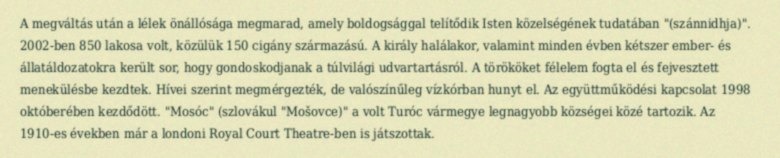
A megváltás után a lélek önállósága megmarad, amely boldogsággal telítődik Isten közelségének tudatában "(szánnidhja)". 2002-ben 850 lakosa volt, közülük 150 cigány származású. A király halálakor, valamint minden évben kétszer ember- és állatáldozatokra került sor, hogy gondoskodjanak a túlvilági udvartartásról. A törököket félelem fogta el és fejvesztett menekülésbe kezdtek. Hívei szerint megmérgezték, de valószínűleg vízkórban hunyt el. Az együttműködési kapcsolat 1998 októberében kezdődött. "Mosóc" (szlovákul "Mošovce)" a volt Turóc vármegye legnagyobb községei közé tartozik. Az 1910-es években már a londoni Royal Court Theatre-ben is játszottak.